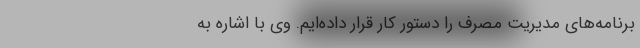
برنامه‌های مدیریت مصرف را دستور کار قرار داده‌ایم. وی با اشاره به